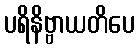
ပရိနိဗ္ဗာယတိပေ